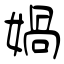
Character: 媧